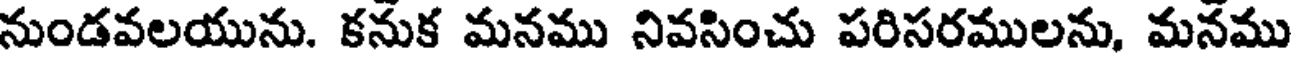
నుండవలయును. కనుక మనము నివసించు పరిసరములను, మనము